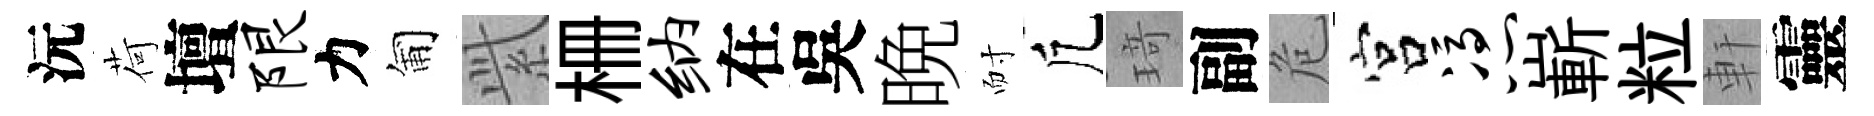
沅荷壇限力匍𬗋栅纳在吳晩耐凢𤦺副危宫凭嶄粒軒靈